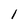
Character: I